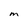
Character: m